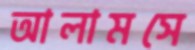
আলামসে